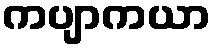
ကပျာကယာ